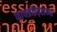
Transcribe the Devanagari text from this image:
फायब्रॉइड्सच्या